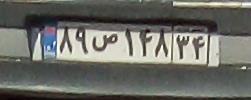
۸۹ص۱۴۸۳۴